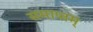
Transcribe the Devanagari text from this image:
समाप्तम्‌